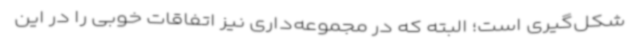
شکل‌گیری است؛ البته که در مجموعه‌داری نیز اتفاقات خوبی را در این